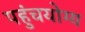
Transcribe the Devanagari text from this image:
पहुंचयोग्य